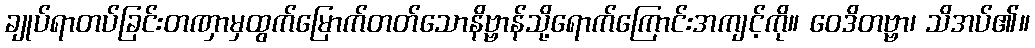
ချုပ်ရာတပ်ခြင်းတဏှာမှထွက်မြောက်တတ်သောနိဗ္ဗာန်သို့ရောက်ကြောင်းအကျင့်ကို။ ဝေဒိတဗ္ဗာ၊ သိအပ်၏။